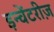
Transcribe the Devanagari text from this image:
इन्वेंटरीज़